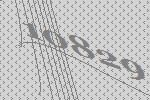
10829